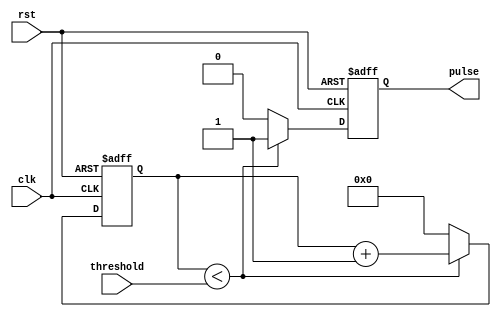
module DutyCyclePulseGenerator (
    input wire clk,         // Input clock signal
    input wire rst,         // Reset signal
    input wire threshold,   // Duty cycle threshold value
    output reg pulse        // Output pulse signal
);

reg [31:0] counter;         // Counter to track pulse width

always @(posedge clk or posedge rst) begin
    if (rst) begin
        counter <= 0;
        pulse <= 0;
    end else begin
        if (counter < threshold) begin
            counter <= counter + 1;
            pulse <= 1;
        end else begin
            counter <= 0;
            pulse <= 0;
        end
    end
end

endmodule